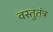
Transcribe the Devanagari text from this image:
वस्तुतंत्र